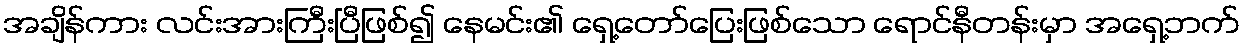
အချိန်ကား လင်းအားကြီးပြီဖြစ်၍ နေမင်း၏ ရှေ့တော်ပြေးဖြစ်သော ရောင်နီတန်းမှာ အရှေ့ဘက်